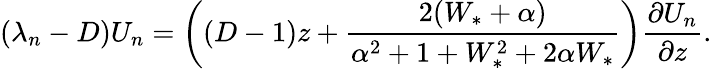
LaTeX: (\lambda_{n}-D)U_{n}=\left((D-1)z+\frac{2(W_{*}+\alpha)}{\alpha^{2}+1+W_{*}^{2}+2\alpha W_{*}}\right)\frac{\partial U_{n}}{\partial z}.